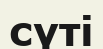
сүті